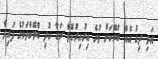
އަދި ދިގު އެއް ބްރޭކަށް ވުރެ އިރުއިރުކޮޅާ ނަގާ ކުދި ބްރޭކްތަކުގެ ފައިދާ